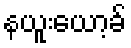
နယူးယော့ခ်